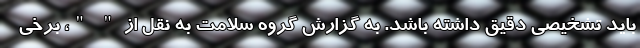
باید تشخیصی دقیق داشته باشد. به گزارش گروه سلامت به نقل از " "، برخی